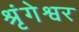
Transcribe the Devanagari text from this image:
श्रृंगेश्वर